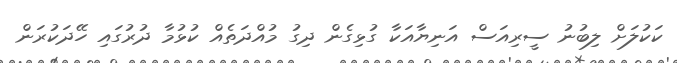
ކަކުލަށް ލިބުނު ސީރިއަސް އަނިޔާއަކާ ގުޅިގެން ދިގު މުއްދަތެއް ކުޅުމާ ދުރުގައި ހޭދަކުރަން